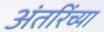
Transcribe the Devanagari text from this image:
अंतरिंच्या